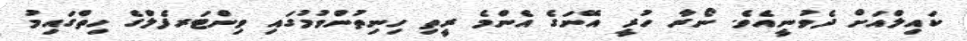
ކައިލްއަށް ދެވުނީއެވެ. ނޯރާ ހުރީ އޭނަގެ އެންމެ ރީތި ހިނިތުންވުމުގައި ވިންޓަރފެލްގެ ހިތްގައިމު